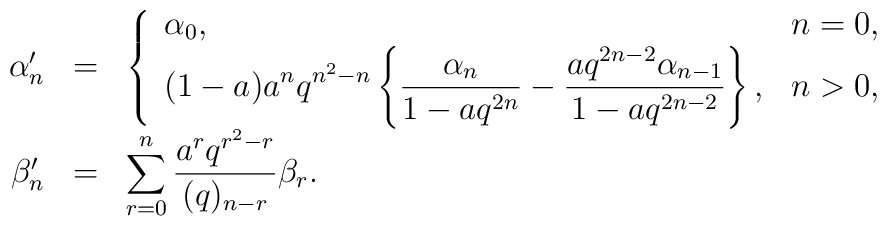
\begin{array}{rcl}\alpha' _n & = &\left\{ \begin{array}{ll} \alpha_0 , & n=0, \\        \displaystyle (1-a) a^n q^{n^2 -n} \left\{        \frac{\alpha_n}{1-aq^{2n}} -        \frac{aq^{2n-2} \alpha_{n-1}}{1-aq^{2n-2}} \right\}, & n>0,\end{array} \right. \\\beta' _n & = &\displaystyle\sum_{r=0}^{n}\frac{a^r q^{r^2 -r}}{(q)_{n-r}} \beta_r .\end{array}